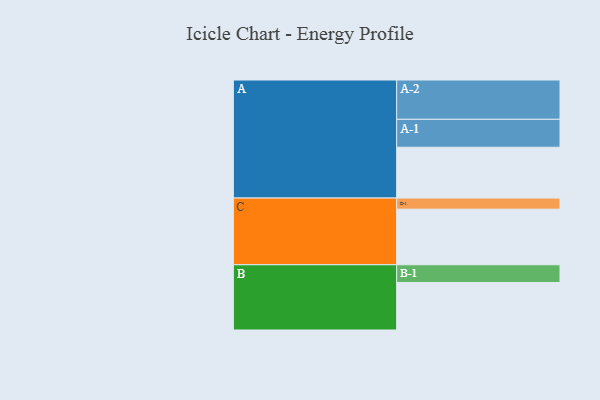
{"axis": {"x": "Segment", "y": "Value"}, "legend": ["", "A", "B", "C"], "data": [{"x": "A", "y": 384, "type": ""}, {"x": "B", "y": 359, "type": ""}, {"x": "C", "y": 420, "type": ""}, {"x": "A-1", "y": 211, "type": "A"}, {"x": "A-2", "y": 297, "type": "A"}, {"x": "B-1", "y": 134, "type": "B"}, {"x": "C-1", "y": 84, "type": "C"}]}